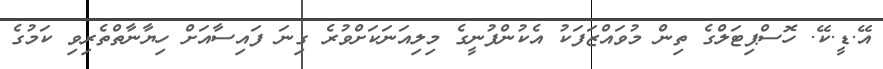
އޭ.ޑީ.ކޭ. ހޮސްޕިޓަލްގެ ތިން މުވައްޒަފަކު އެކުންފުނީގެ މިލިއަނަކަށްވުރެ ގިނަ ފައިސާއަށް ހިޔާނާތްތެރިވި ކަމުގެ